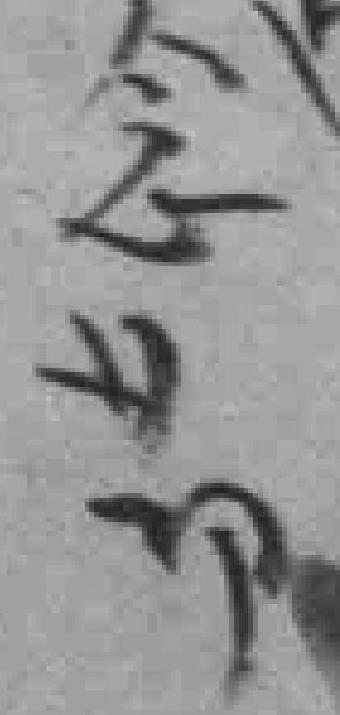
念節